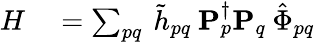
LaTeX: \begin{array}{rl}{H}&{{}=\sum_{pq}\: \tilde{h}_{pq}\: \mathbf{P}_{p}^{\dagger}\mathbf{P}_{q}\: \hat{\Phi}_{pq}}\end{array}